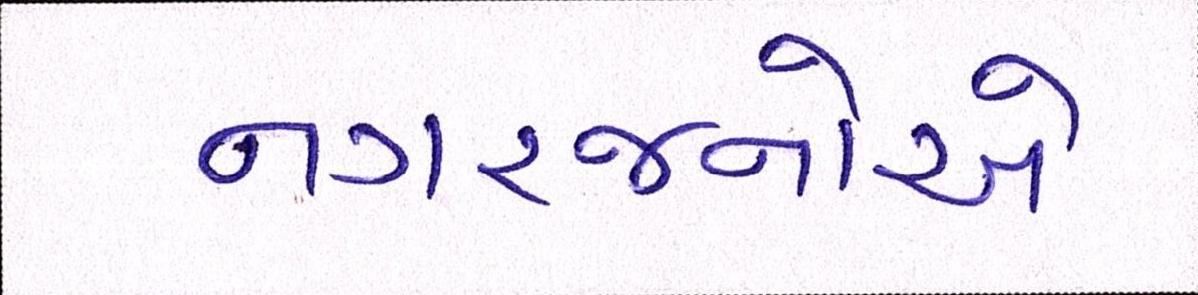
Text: નગરજનોએ